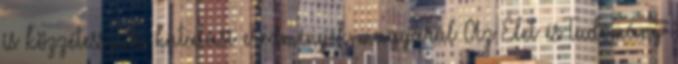
is közzétesszük. kutatási eredmények magyarul Az Élet és Tudomány